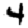
Digit: 4